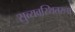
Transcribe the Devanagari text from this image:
सुव्यवस्थितरूप